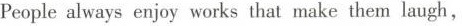
Peoplealways enjoy works that make them laugh,